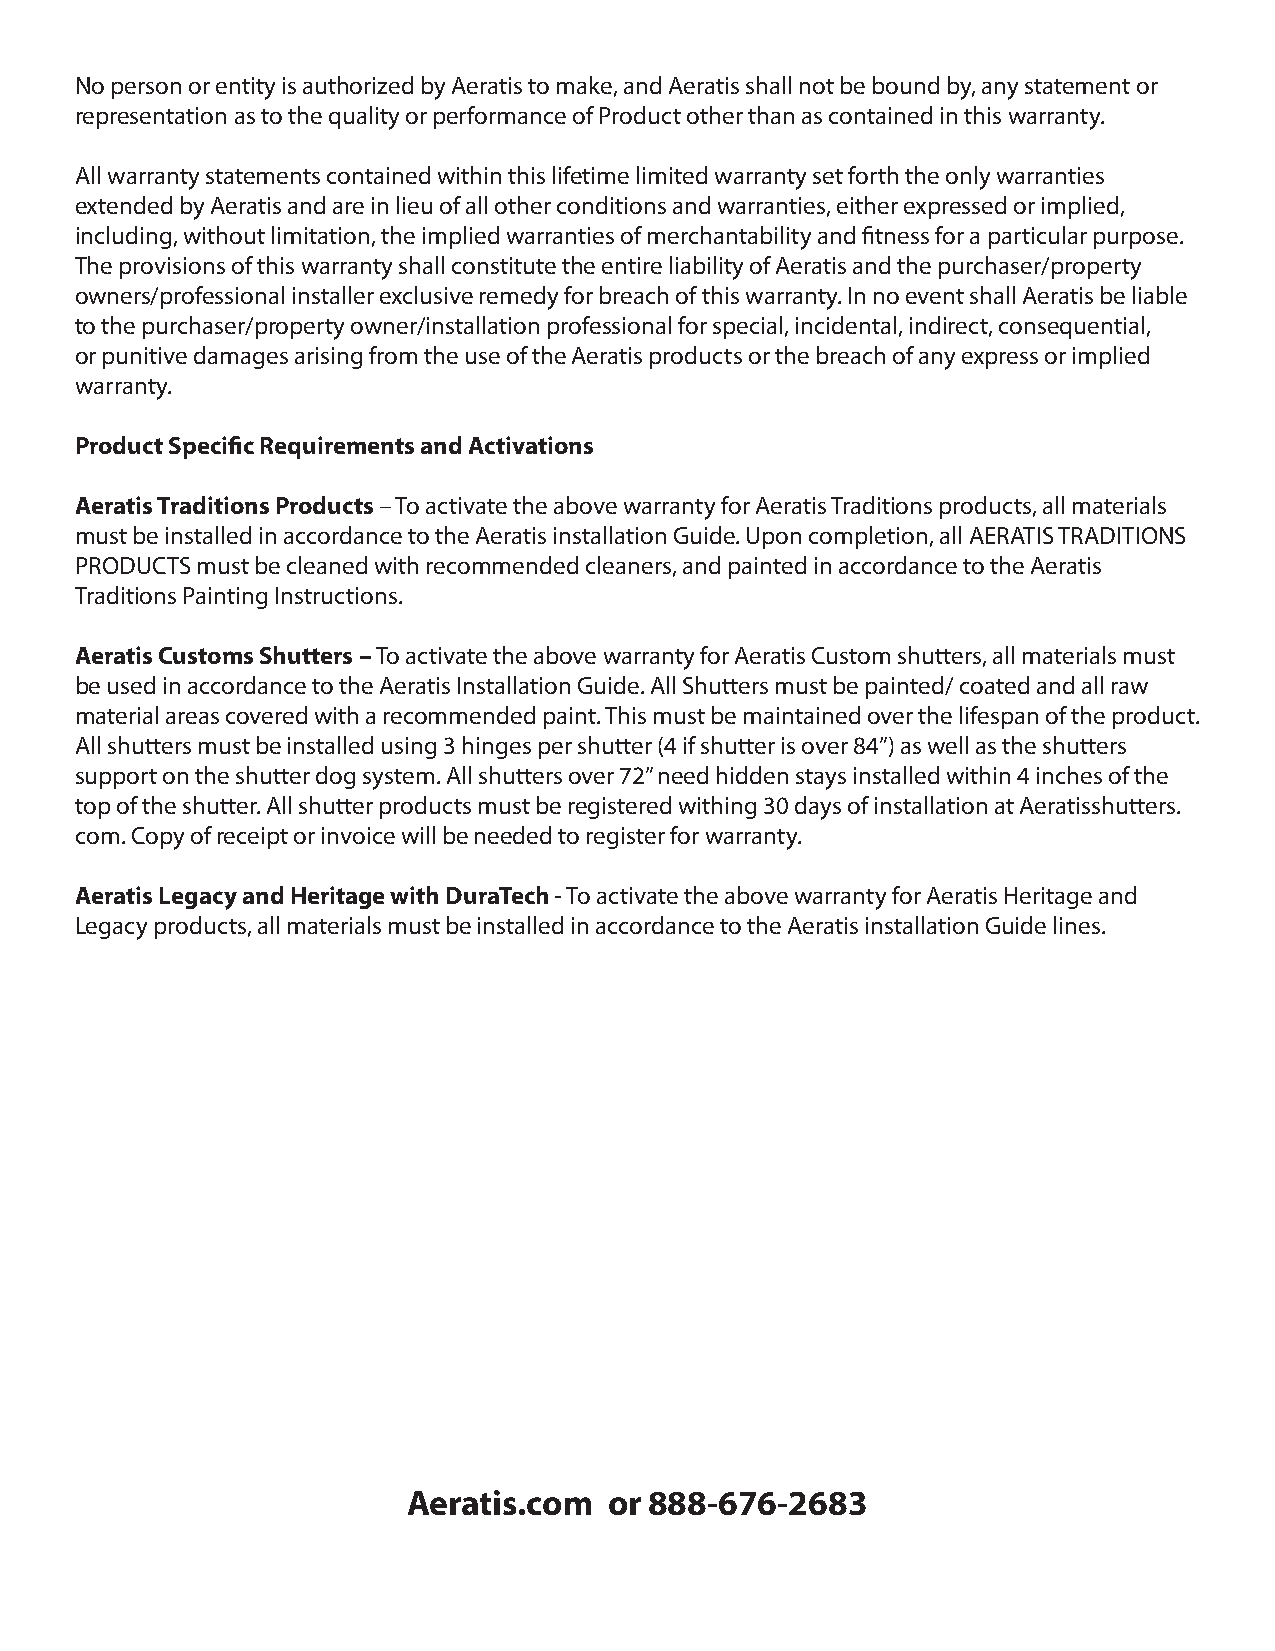
No person or entity is authorized by Aeratis to make, and Aeratis shall not be bound by, any statement or
 representation as to the quality or performance of Product other than as contained in this warranty.
 All warranty statements contained within this lifetime limited warranty set forth the only warranties
 extended by Aeratis and are in lieu of all other conditions and warranties, either expressed or implied,
 including, without limitation, the implied warranties of merchantability and fitness for a particular purpose.
 The provisions of this warranty shall constitute the entire liability of Aeratis and the purchaser/property
 owners/professional installer exclusive remedy for breach of this warranty. In no event shall Aeratis be liable
 to the purchaser/property owner/installation professional for special, incidental, indirect, consequential,
 or punitive damages arising from the use of the Aeratis products or the breach of any express or implied
 warranty.
 Product Specific Requirements and Activations
 Aeratis Traditions Products – To activate the above warranty for Aeratis Traditions products, all materials
 must be installed in accordance to the Aeratis installation Guide. Upon completion, all AERATIS TRADITIONS
 PRODUCTS must be cleaned with recommended cleaners, and painted in accordance to the Aeratis
 Traditions Painting Instructions.
 Aeratis Customs Shutters – To activate the above warranty for Aeratis Custom shutters, all materials must
 be used in accordance to the Aeratis Installation Guide. All Shutters must be painted/ coated and all raw
 material areas covered with a recommended paint. This must be maintained over the lifespan of the product.
 All shutters must be installed using 3 hinges per shutter (4 if shutter is over 84”) as well as the shutters
 support on the shutter dog system. All shutters over 72” need hidden stays installed within 4 inches of the
 top of the shutter. All shutter products must be registered withing 30 days of installation at Aeratisshutters.
 com. Copy of receipt or invoice will be needed to register for warranty.
 Aeratis Legacy and Heritage with DuraTech - To activate the above warranty for Aeratis Heritage and
 Legacy products, all materials must be installed in accordance to the Aeratis installation Guide lines.
 Aeratis.com  or 888-676-2683